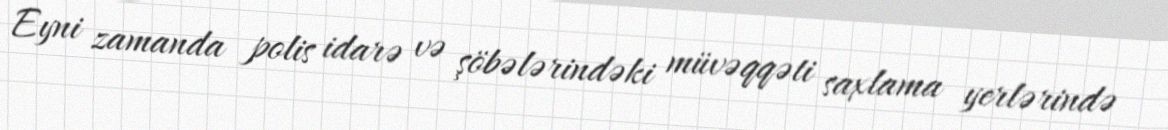
Eyni zamanda polis idarə və şöbələrindəki müvəqqəti saxlama yerlərində